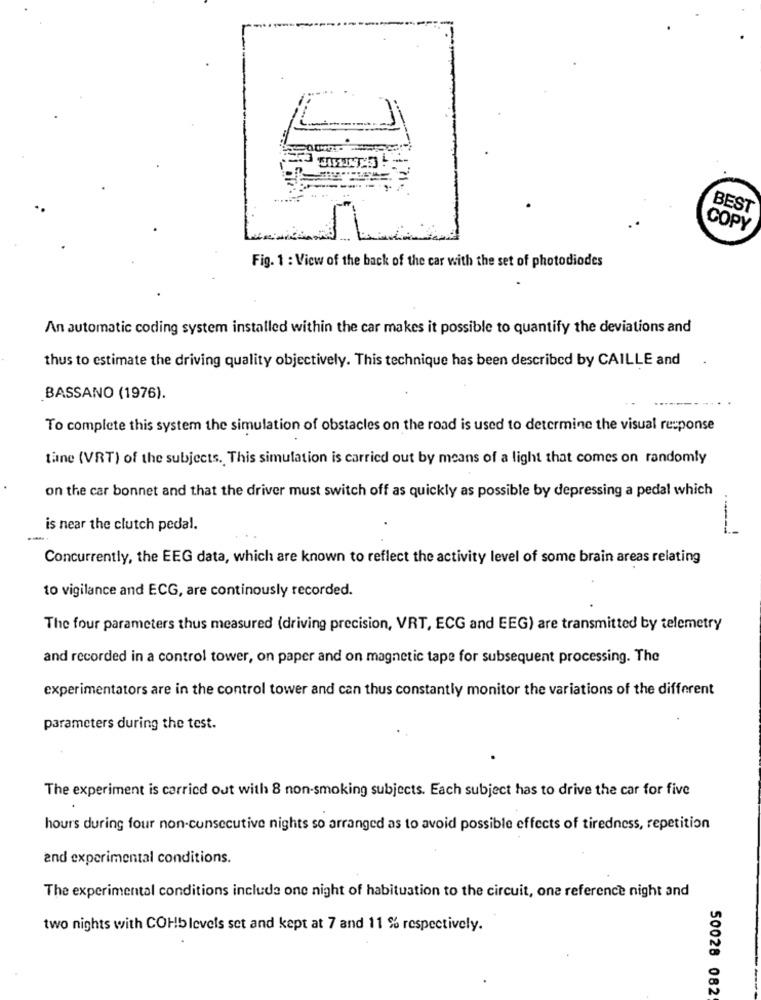
BEST
COPY
Fig. 1 : View of the back of the car with the set of photodiodes
An automatic coding system installed within the car makes it possible to quantify the deviations and
thus to estimate the driving quality objectively. This technique has been described by CAILLE and
BASSANO (1976).
To complete this system the simulation of obstacles on the road is used to determine the visual response
tane (VRT) of the subjects. This simulation is carried out by means of a light that comes on randomly
on the car bonnet and that the driver must switch off as quickly as possible by depressing a pedal which
is near the clutch pedal.
Concurrently, the EEG data, which are known to reflect the activity level of some brain areas relating
to vigilance and ECG, are continously recorded.
The four parameters thus measured (driving precision, VRT, ECG and EEG) are transmitted by telemetry
and recorded in a control tower, on paper and on magnetic tape for subsequent processing. The
experimentators are in the control tower and can thus constantly monitor the variations of the different
parameters during the test.
The experiment is carried out with 8 non-smoking subjects. Each subject has to drive the car for five
hours during four non-consecutive nights so arranged as to avoid possible effects of tiredness, repetition
and experimental conditions.
The experimental conditions include one night of habituation to the circuit, one reference night and
two nights with COHb levels set and kept at 7 and 11 % respectively.
50028 082